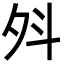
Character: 斘